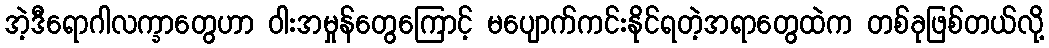
အဲ့ဒီရောဂါလက္ခာတွေဟာ ဝါးအမှုန်တွေကြောင့် မပျောက်ကင်းနိုင်ရတဲ့အရာတွေထဲက တစ်ခုဖြစ်တယ်လို့